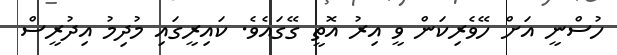
ހުސްނީ އަށް ހޭވެރިކަން ވީ އިރު އޮތީ ގޭގައެވެ. ކައިރީގައި މުދިމު އިދުރީސް